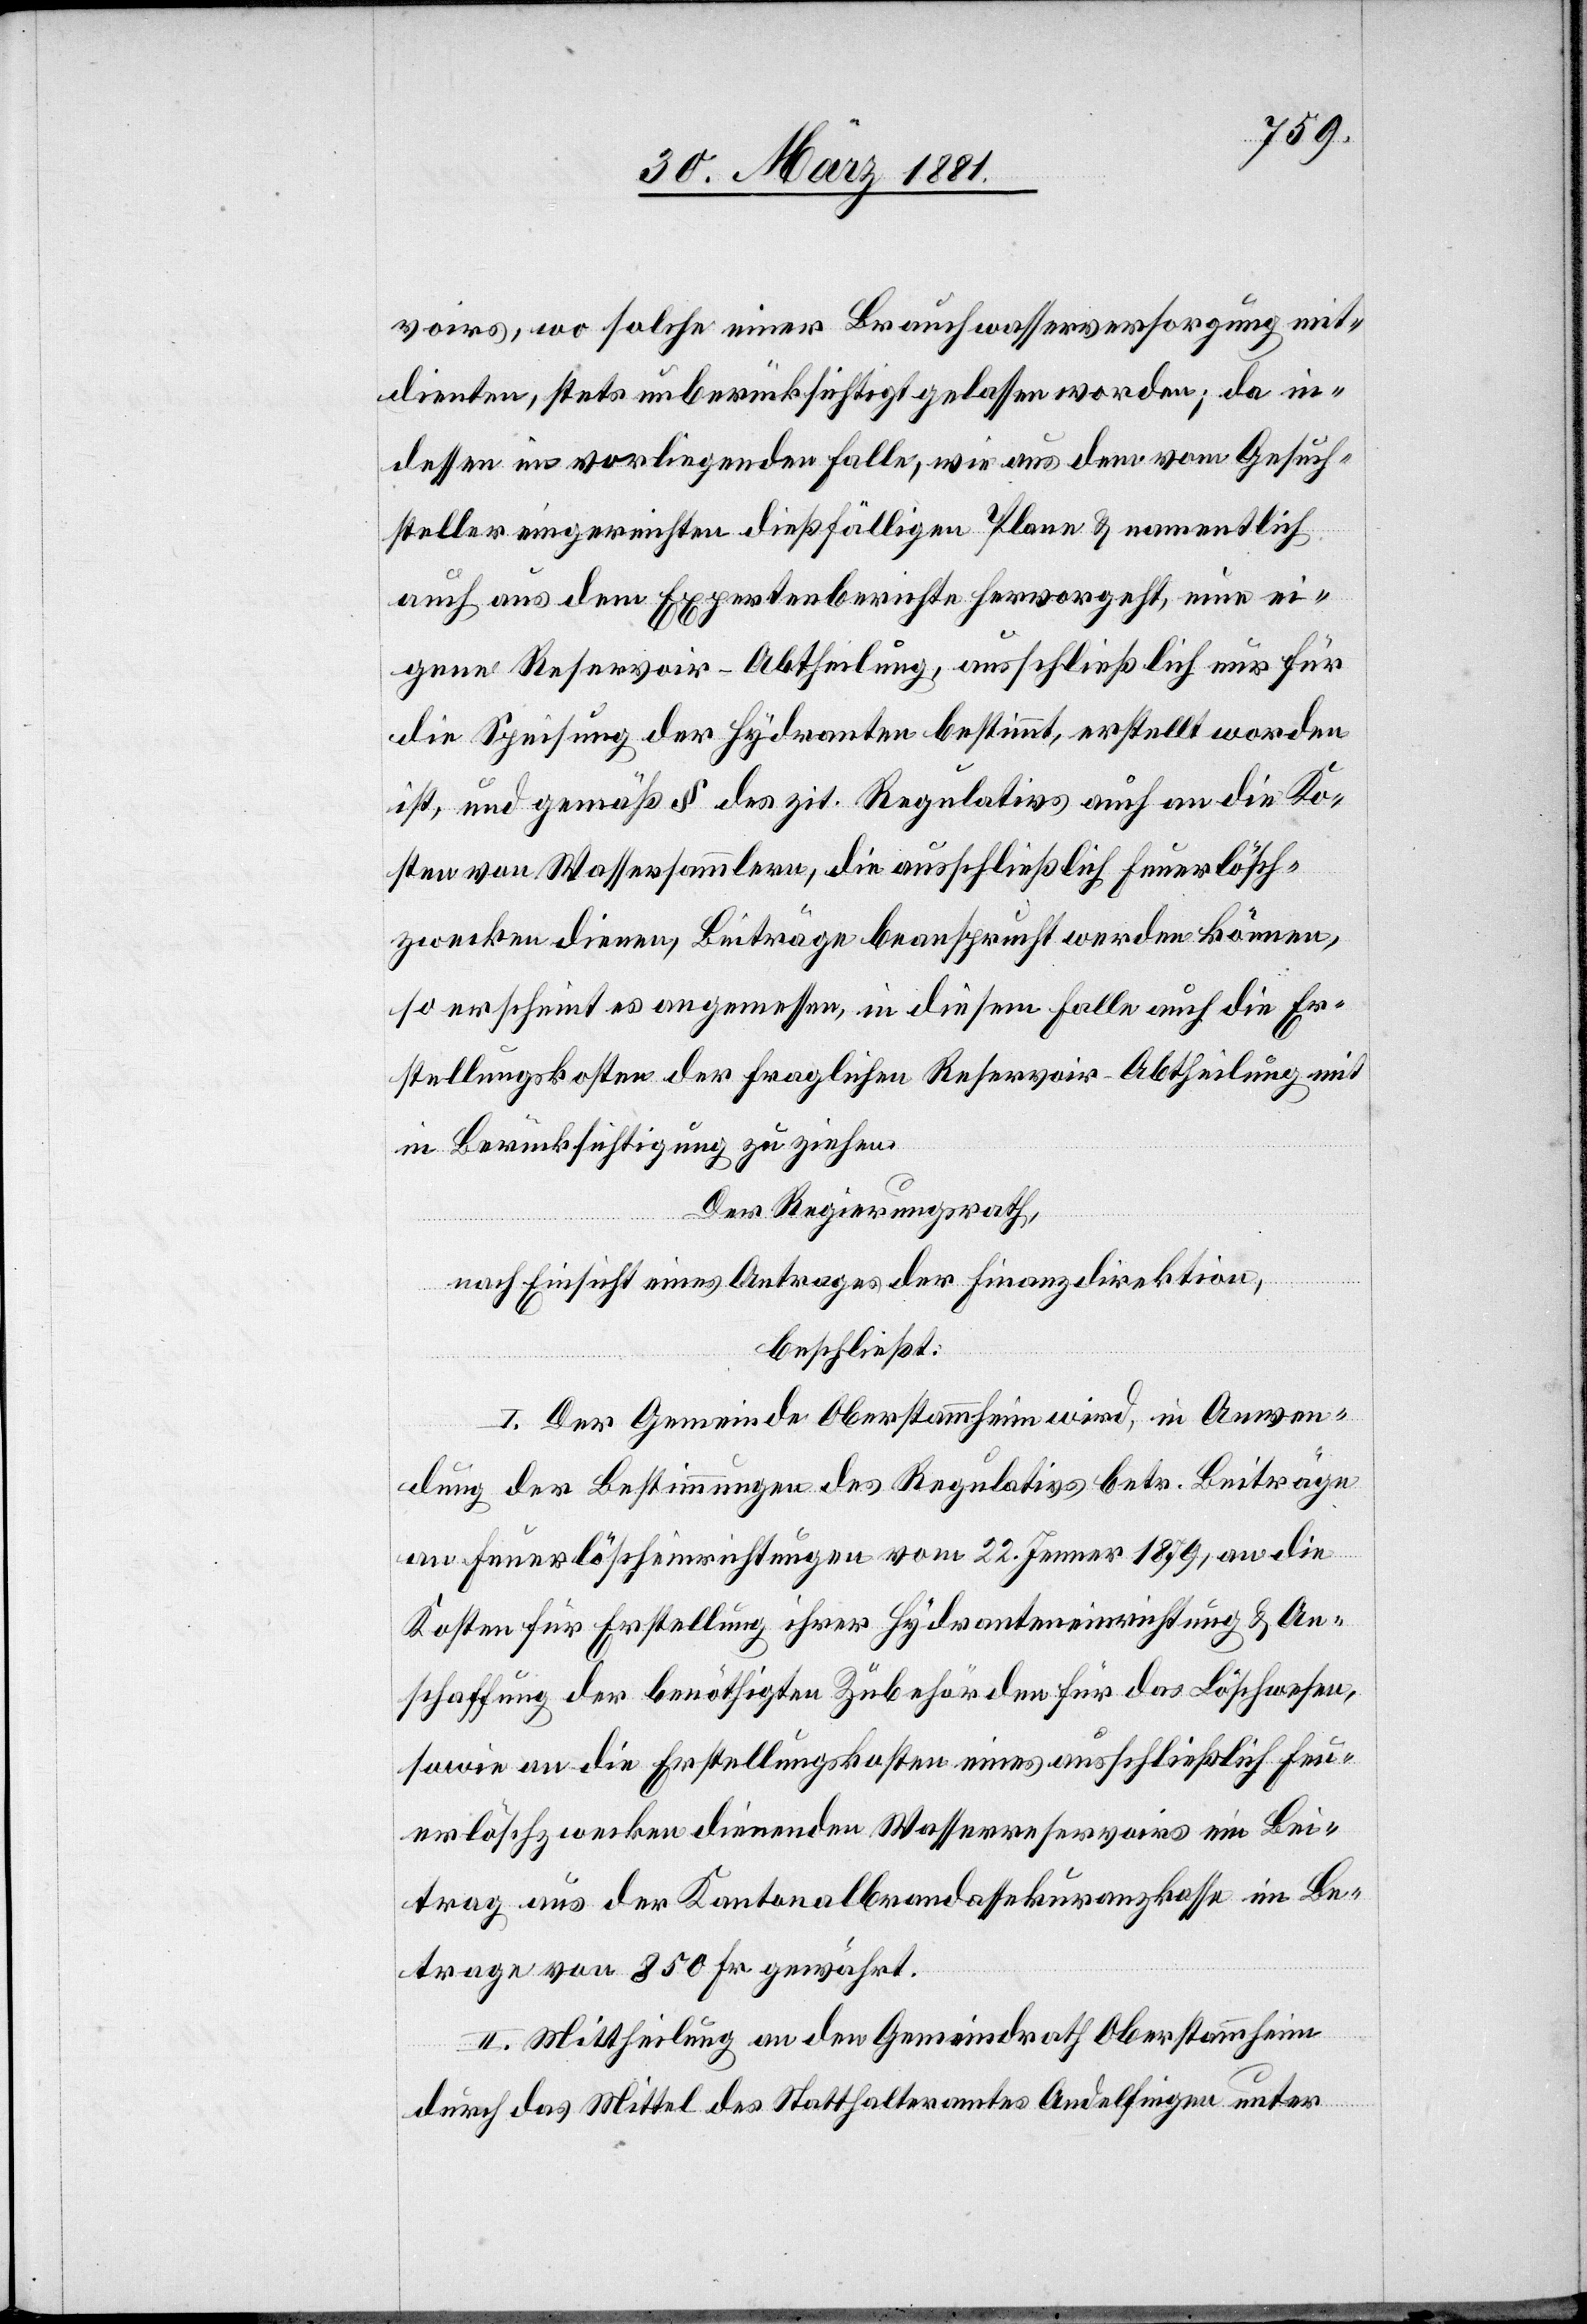
voirs, wo solche einer Brauchwasserversorgung mit¬
dienten, stets unberücksichtigt gelassen worden; da in¬
dessen im vorliegenden Falle, wie aus dem vom Gesuch¬
steller eingereichten dießfälligen Plane & namentlich
auch aus dem Expertenberichte hervorgeht, eine ei¬
gene Reservoir-Abtheilung, ausschließlich nur für
die Speisung der Hydranten bestimmt, erstellt worden
ist, und gemäß § des zit. Regulativs auch an die Ko¬
sten von Wassersammlern, die ausschließlich Feuerlösch¬
zwecken dienen, Beiträge beansprucht werden können,
so erscheint es angemessen, in diesem Falle auch die Er¬
stellungskosten der fraglichen Reservoir-Abtheilung mit
in Berücksichtigung zu ziehen.
Der Regierungsrath,
nach Einsicht eines Antrages der Finanzdirektion,
beschließt:
I. Der Gemeinde Oberstammheim wird, in Anwen¬
dung der Bestimmungen des Regulativs betr. Beiträge
an Feuerlöscheinrichtungen vom 22. Jenner 1879, an die
Kosten für Erstellung ihrer Hydranteneinrichtung & An¬
schaffung der benöthigten Zubehörden für das Löschwesen,
sowie an die Erstellungskosten eines ausschließlich Feu¬
erlöschzwecken dienenden Wasserreservoirs ein Bei¬
trag aus der Kantonalbrandassekuranzkasse im Be¬
trage von 850 Fr. gewährt.
II. Mittheilung an den Gemeindrath Oberstammheim
durch das Mittel des Statthalteramtes Andelfingen unter